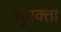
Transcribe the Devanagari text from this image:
सुवक्‍ता